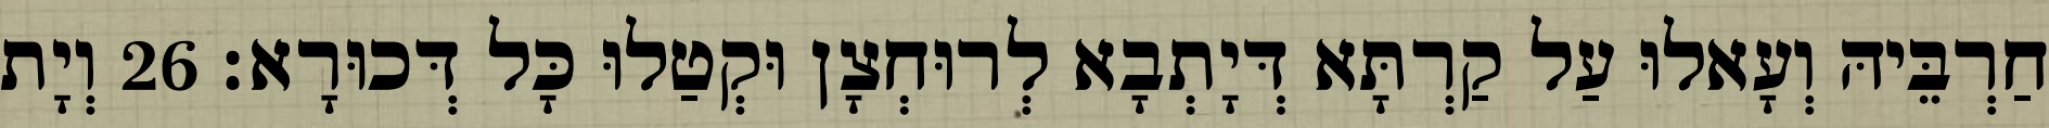
חַרְבֵּיהּ וְעָאלוּ עַל קַרְתָּא דְּיָתְבָא לְרוּחְצָן וּקְטַלוּ כָּל דְּכוּרָא׃ 26 וְיָת